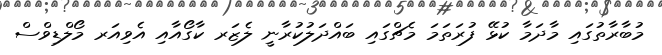
މުބާރާތުގައި މާދަމާ ކުޅޭ ފުރަތަމަ މެޗްގައި ބައްދަލުކުރާނީ ލެޒަރ ކާގޯއާއި އެވިއަރ މޯލްޑިވްސް